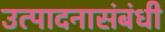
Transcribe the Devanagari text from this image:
उत्पादनासंबंधी